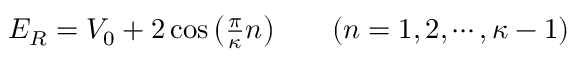
\begin{array} { r l } { E _ { R } = V _ { 0 } + 2 \cos \left( \frac { \pi } { \kappa } n \right) \quad } & { { } ( n = 1 , 2 , \cdots , \kappa - 1 ) } \end{array}